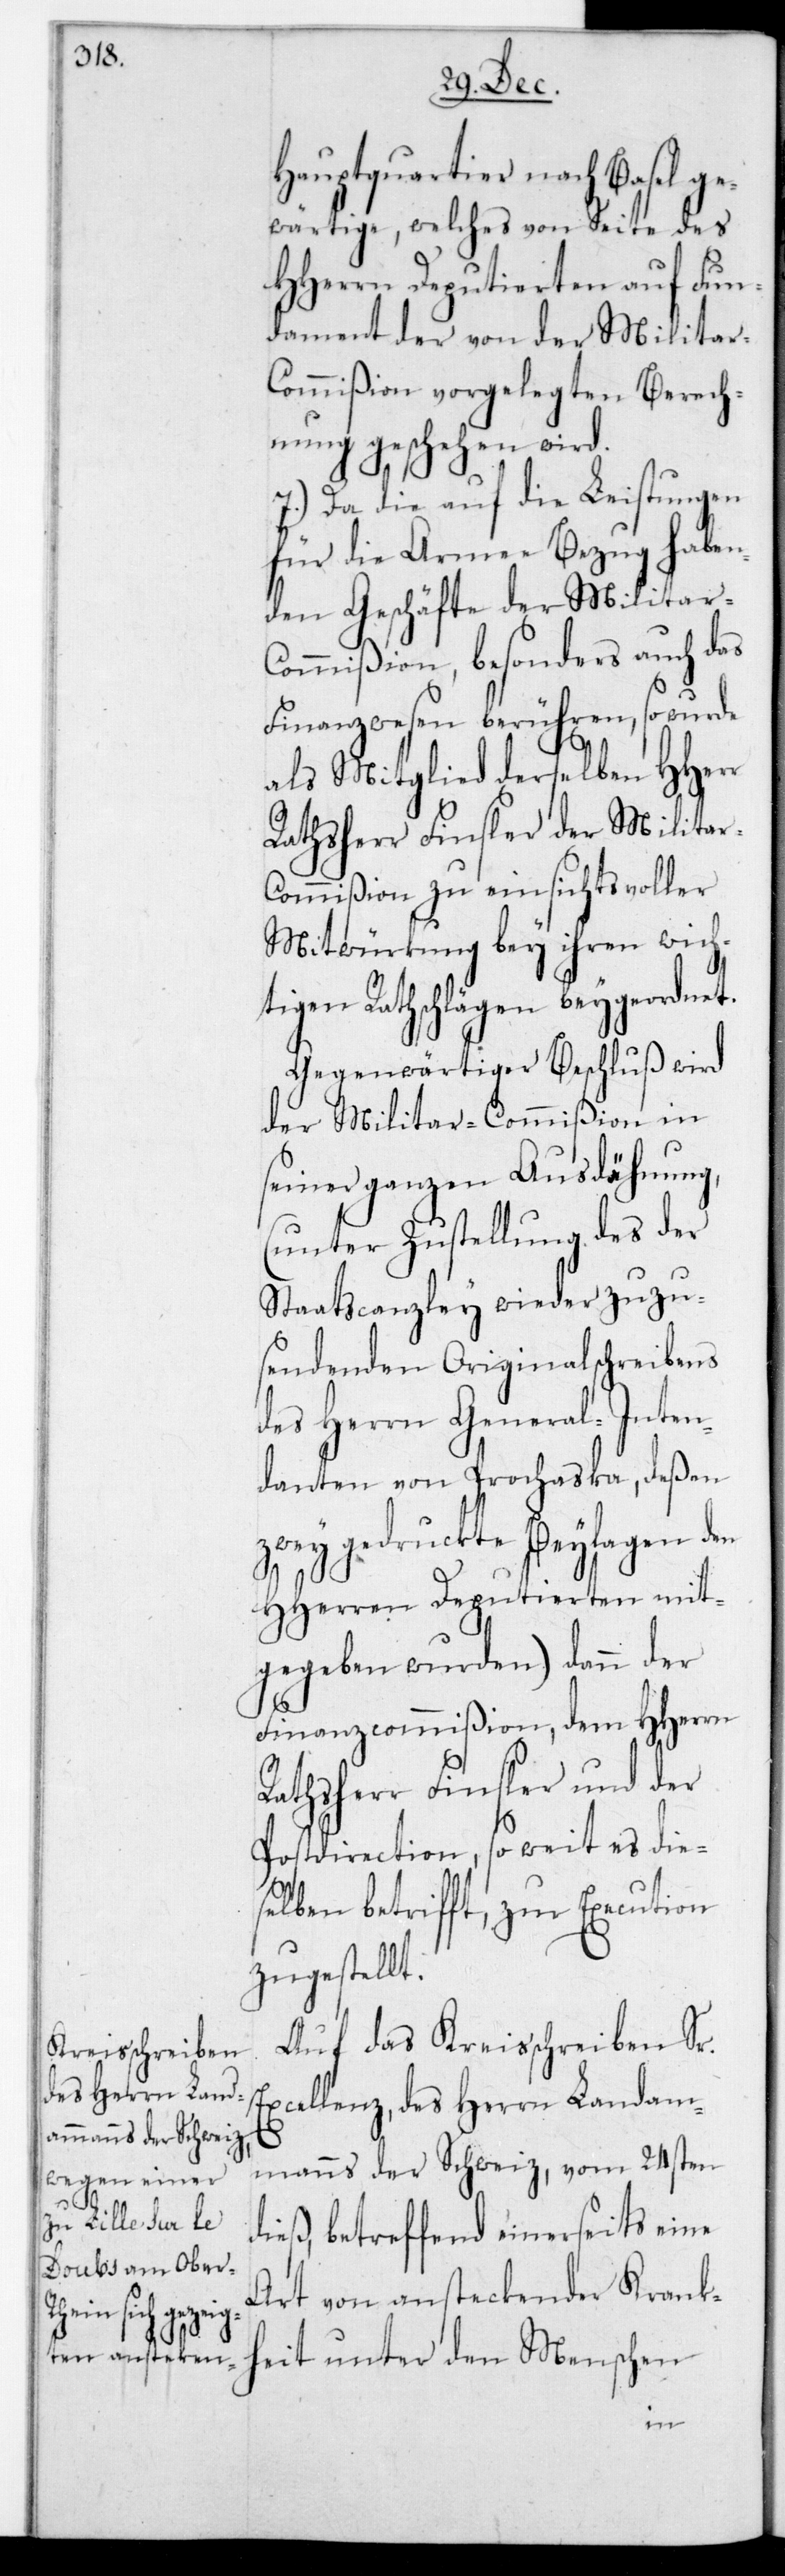
Hauptquartier nach Basel g¬
ewärtige, welches von Seite des
HHerrn Deputierten auf Fun¬
dament der von der Militar-C¬
ommißion vorgelegten Berech¬
nung geschehen wird.
7.) Da die auf die Leistungen
für die Armee Bezug haben¬
den Geschäfte der Militar-C¬
ommißion, besonders auch das
Finanzwesen berühren, so wurde
als Mitglied derselben HHerr
Rathsherr Finsler der Milita¬
ommißion zu einsichtsvoller
Mitwürkung bey ihren wich¬
tigen Rathschlägen beygeordnet.
Gegenwärtiger Beschluß wird
der Militar-Commißion in
seiner ganzen Ausdehnung,
(unter Zustellung des der
Staatscanzley wieder zuzu¬
sendenden Originalschreibens
des Herrn General-Inten¬
danten von Prochaska, deßen
zwey gedruckte Beylagen den
Ex¬
HHerren Deputierten mit¬
gegeben wurden) dann der
Finanzcommißion, dem HHerrn
Rathsherr Finsler und der
Postdirection, so weit es die¬
selben betrifft, zur Execution
zugestellt.
Auf das Kreisschreiben Sr.
cellenz des Herrn Landam¬
manns der Schweiz vom 24sten
dieß, betreffend einerseits eine
Art von ansteckender Krank¬
heit unter den Menschen